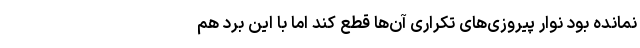
نمانده بود نوار پیروزی‌های تکراری آن‌ها قطع کند اما با این برد هم